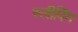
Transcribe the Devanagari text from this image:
स्‍लीपिंग